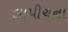
લાપીચના